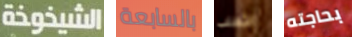
الشيخوخة بالسابعة الثعلب بحاجته